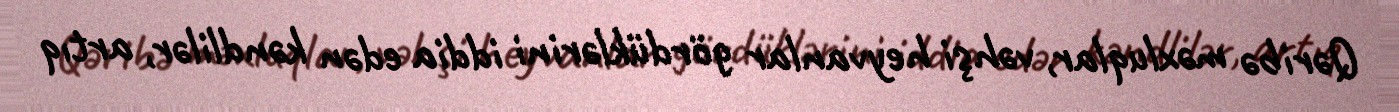
Qəribə məxluqlar, vəhşi heyvanlar gördüklərini iddia edən kəndlilər, artıq